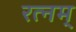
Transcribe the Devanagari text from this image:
रत्नम्‌